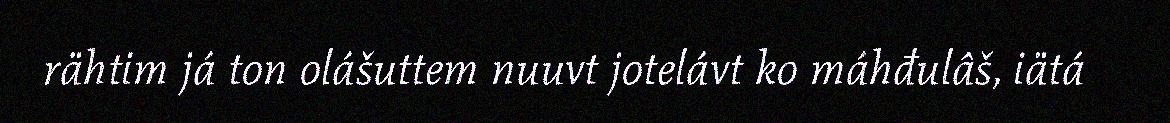
rähtim já ton olášuttem nuuvt jotelávt ko máhđulâš, iätá